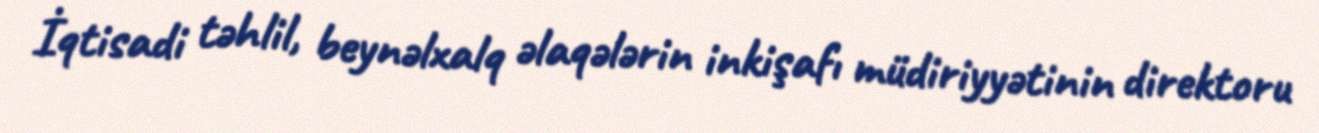
İqtisadi təhlil, beynəlxalq əlaqələrin inkişafı müdiriyyətinin direktoru